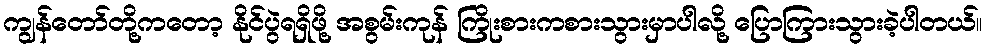
ကျွန်တော်တို့ကတော့ နိုင်ပွဲရရှိဖို့ အစွမ်းကုန် ကြိုးစားကစားသွားမှာပါလို့ ပြောကြားသွားခဲ့ပါတယ်။